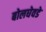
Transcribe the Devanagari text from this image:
बोलघेवडे